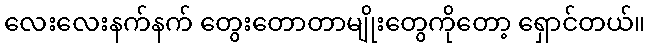
လေးလေးနက်နက် တွေးတောတာမျိုးတွေကိုတော့ ရှောင်တယ်။